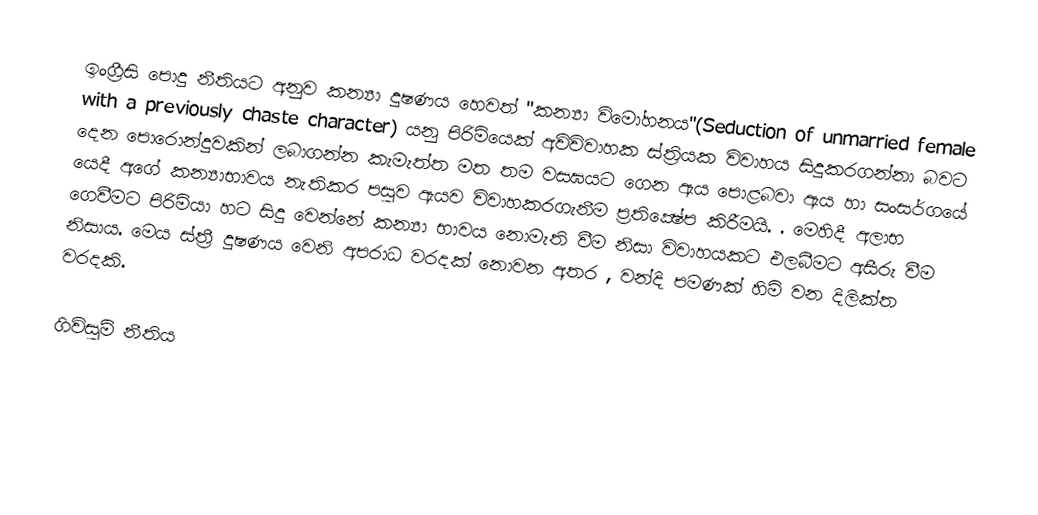
ඉංග්‍රීසි පොදු නීතියට අනුව කන්‍යා දුෂණය හෙවත් "කන්‍යා විමෝහනය"(Seduction of unmarried female with a previously chaste character) යනු පිරිමියෙක් අවිවිවාහක ස්ත්‍රියක විවාහය සිදුකරගන්නා බවට දෙන පොරොන්දුවකින් ලබාගන්න කැමැත්ත මත තම වසඝයට ගෙන ඇය පොළබවා ඇය හා සංසර්ගයේ යෙදී අගේ කන්‍යාභාවය නැතිකර පසුව ඇයව විවාහකරගැනීම ප්‍රතික්‍ෂේප කිරීමයි.  . මෙහිදී අලාභ ගෙවීමට පිරිමියා හට සිදු වෙන්නේ කන්‍යා භාවය නොමැති වීම නිසා විවාහයකට එලබීමට අසීරු වීම නිසාය. මෙය ස්ත්‍රී දුෂණය වෙනි අපරාධ වරදක් නොවන අතර , වන්දි පමණක් හිමි වන දිලික්ත වරදකි.

ගිවිසුම් නීතිය